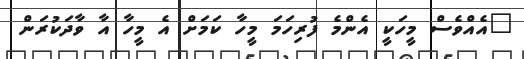
"އެއްވެސް މީހަކީ އެންމެ ފުރިހަމަ މީހާ ކަމަށް އެ މީހާ އާ ވާދަކުރަން